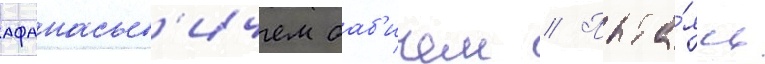
афанасьев'ичем баб'ичем // Пыта́ясь